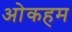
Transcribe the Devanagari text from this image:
ओकहम